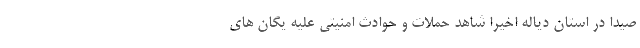
صیدا در استان دیاله اخیرا شاهد حملات و حوادث امنیتی علیه یگان های